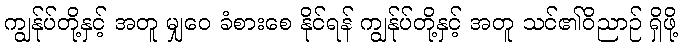
ကျွန်ုပ်တို့နှင့် အတူ မျှဝေ ခံစားစေ နိုင်ရန် ကျွန်ုပ်တို့နှင့် အတူ သင်၏ဝိညာဉ် ရှိဖို့